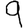
Digit: 9